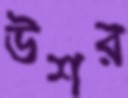
উশর